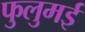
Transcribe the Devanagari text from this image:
फुलुमई